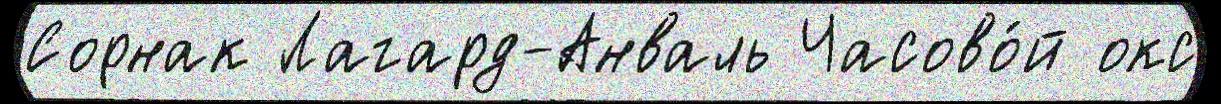
Сорнак Лагард-Анваль Часово́й окс